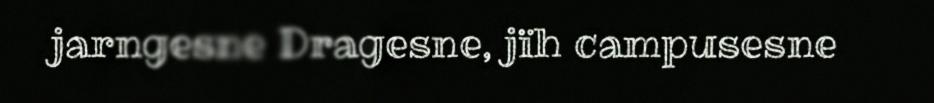
jarngesne Dragesne, jïh campusesne